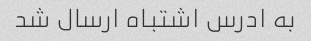
به ادرس اشتباه ارسال شد